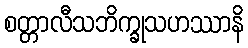
စတ္တာလီသဘိက္ခုသဟဿာနိ